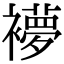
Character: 䙦